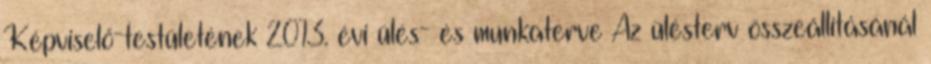
Képviselő-testületének 2013. évi ülés- és munkaterve Az ülésterv összeállításánál